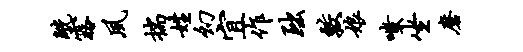
觥露夙揣姓幻宜作黜较娘嗤坐磨